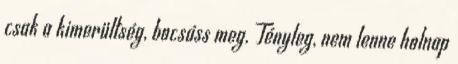
csak a kimerültség, bocsáss meg. Tényleg, nem lenne holnap